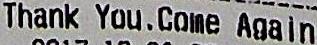
THANK YOU.COME AGAIN